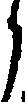
り